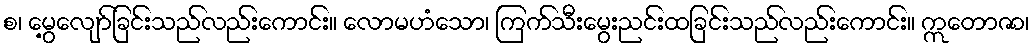
စ၊ မွေ့လျော်ခြင်းသည်လည်းကောင်း။ လောမဟံသော၊ ကြက်သီးမွေးညင်းထခြင်းသည်လည်းကောင်း။ ဣတောဇာ၊